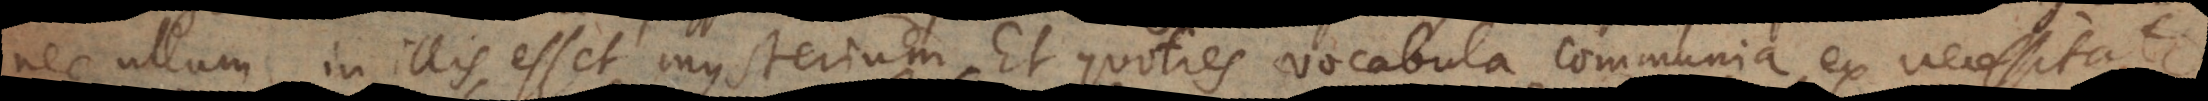
nec ullum in illis esset mysterium. Et quoties vocabula communia ex necessitat